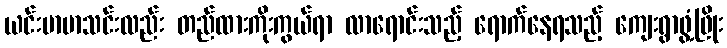
ယင်းမာမာသင်းလည်း တည်ထားကိုးကွယ်ရာ လာရောင်းသည့် ရောက်နေရသည့် ကျေးရွာဖွံ့ဖြိုး